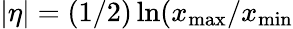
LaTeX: |\eta|=(1/2)\ln(x_{\mathrm{max}}/x_{\mathrm{min}}